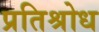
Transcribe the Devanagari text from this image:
प्रतिश्रोध